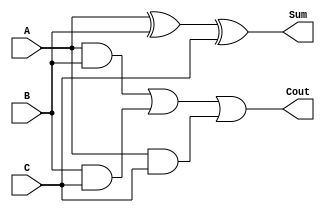
`timescale 1ns / 1ps
//////////////////////////////////////////////////////////////////////////////////
// Company: 
// Engineer: 
// 
// Design Name: 
// Module Name:    FullAdder 
// Project Name: 
// Target Devices: 
// Tool versions: 
// Description: 
//
// Dependencies: 
//
// Revision: 
// Revision 0.01 - File Created
// Additional Comments: 
//
//////////////////////////////////////////////////////////////////////////////////
module FullAdder(
    input A,
    input B,
    input C,
    output Sum,
    output Cout
    );

    assign Sum = A^B^C;
	 assign Cout=(A&B)|(B&C)|(A&C);

endmodule